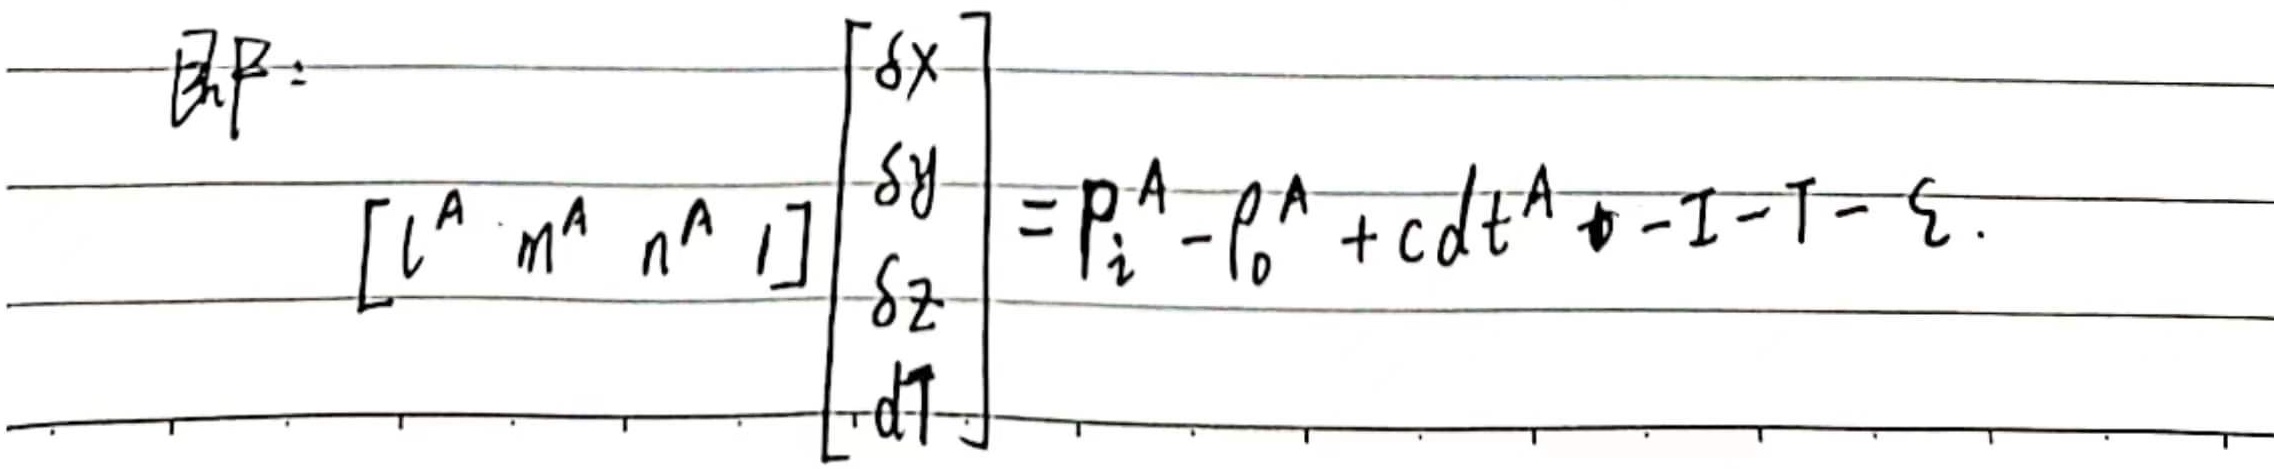
即：
\[
\left[l^{A} \ m^{A} \ n^{A} \ 1\right]
\begin{bmatrix}
\delta x\\
\delta y\\
\delta z\\
dT
\end{bmatrix}=P_{i}^{A} - \rho_{0}^{A}+cdt^{A}-\mathrm{I}-\mathrm{T}-\xi
\]